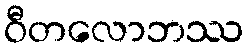
ဝီတလောဘဿ